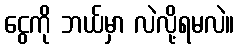
ငွေကို ဘယ်မှာ လဲလို့ရမလဲ။